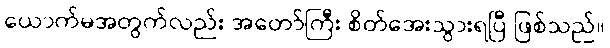
ယောက်မအတွက်လည်း အတော်ကြီး စိတ်အေးသွားရပြီ ဖြစ်သည်။